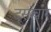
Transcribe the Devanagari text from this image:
दूसंचार